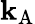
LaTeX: \mathbf{k}_{\mathrm{{{A}}}}